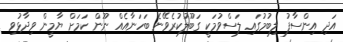
އަދި އިންސާފު ލިބުމުގައި ލަސްވުމަކީ ގަބޫލުކުރެވޭނެ ބަހަނާއެއް ނޫން ކަމަށް ޔާމީން ވިދާޅުވި